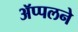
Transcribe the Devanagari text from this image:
ॲप्पलने